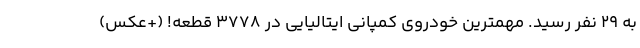
به ۲۹ نفر رسید. مهمترین خودروی کمپانی ایتالیایی در 3778 قطعه! (+عکس)